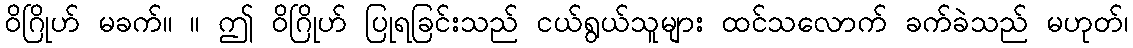
ဝိဂြိုဟ် မခက်။ ။ ဤ ဝိဂြိုဟ် ပြုရခြင်းသည် ငယ်ရွယ်သူများ ထင်သလောက် ခက်ခဲသည် မဟုတ်၊